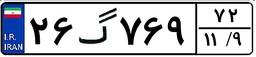
۲۶گ۷۶۹۷۲